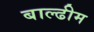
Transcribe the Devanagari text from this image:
बाल्ढीम